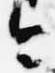
今